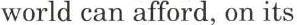
world can afford, on its